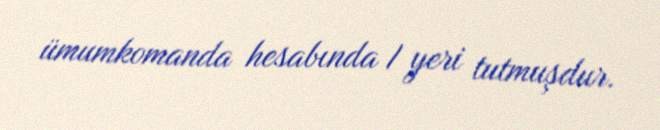
ümumkomanda hesabında I yeri tutmuşdur.